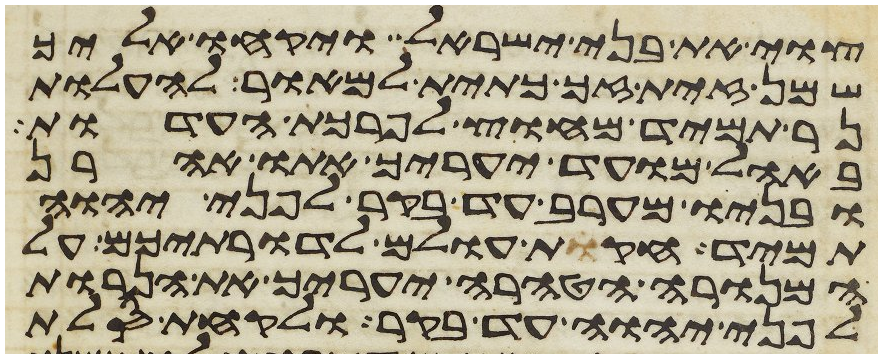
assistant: צוי את בני ישראל ויקחו אליך
שמן זית זך כתית למאור להעלות
נר תמיד מחוץ לפרכת העדות
באהל מועד יערך אתו אהרן
ובניו מערב עד בקר לפני יהוה
תמיד חקות עולם לדרתיכם על
המנורה הטהרה יעריך את הנרות
לפני יהוה עד בקר ולקחת סלת